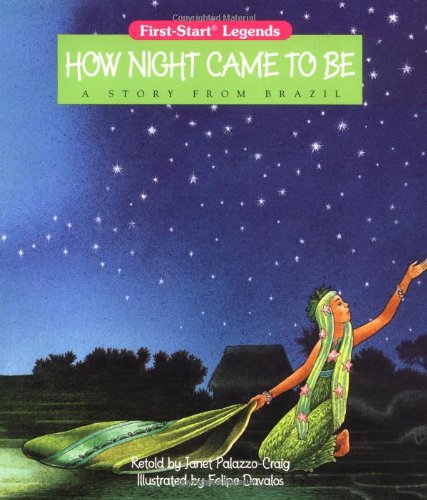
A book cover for How Night Came To Be - Pbk; Palazzo-Craig; Children's Books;